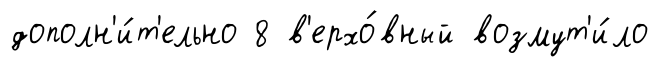
дополн'и́т'ельно 8 в'ерхо́вный возмут'и́ло